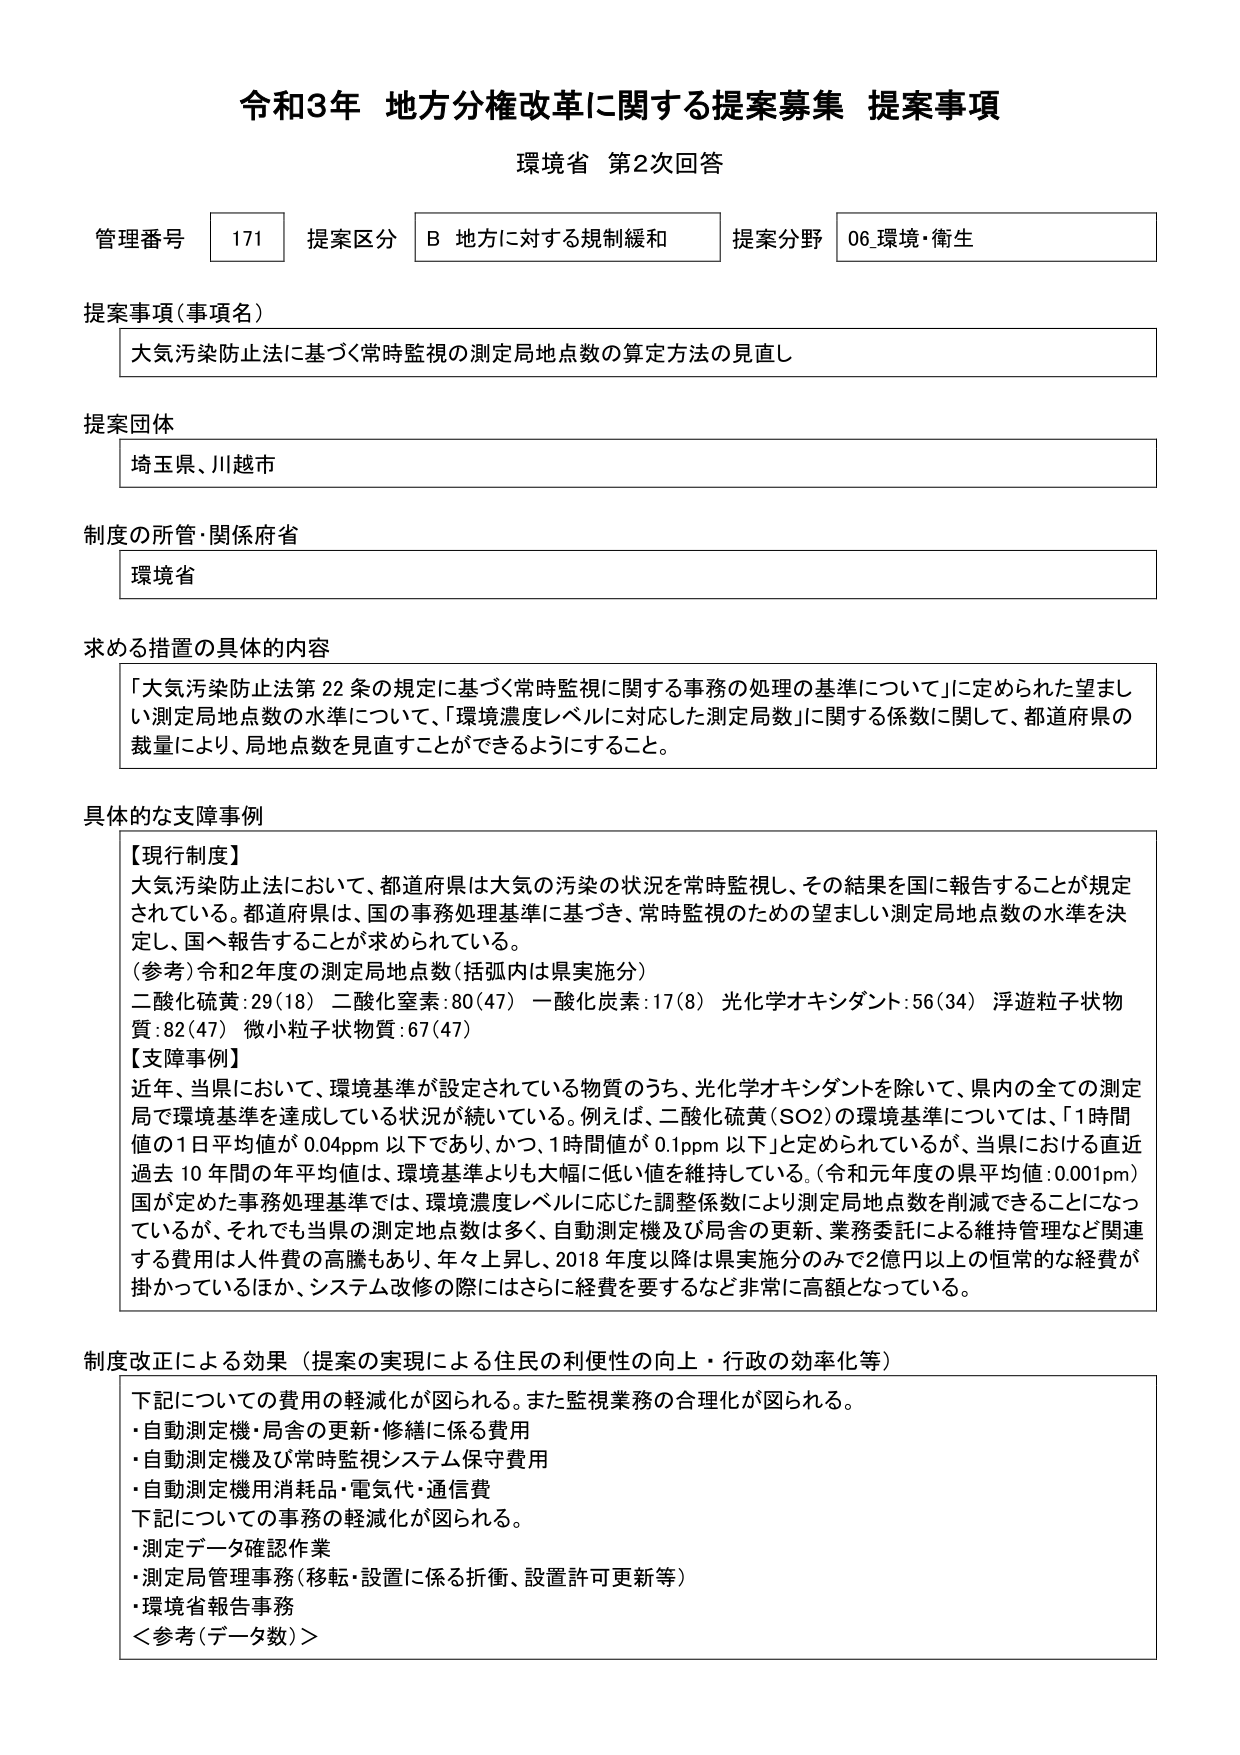
令和3年 地方分権改革に関する提案募集 提案事項
環境省 第2次回答

管理番号 171 提案区分 B 地方に対する規制緩和 提案分野 06 環境・衛生

提案事項（事項名）
大気汚染防止法に基づく常時監視の測定局地点数の算定方法の見直し

提案団体
埼玉県、川越市

制度の所管・関係府省
環境省

求める措置の具体的内容
「大気汚染防止法第22条の規定に基づく常時監視に関する事務の処理の基準について」に定められた望ましい測定局地点数の水準について、「環境濃度レベルに対応した測定局数」に関する係数に関して、都道府県の裁量により、局地点数を見直すことができるようにすること。

具体的な支障事例
【現行制度】
大気汚染防止法において、都道府県は大気の汚染の状況を常時監視し、その結果を国に報告することが規定されている。都道府県は、国の事務処理基準に基づき、常時監視のための望ましい測定局地点数の水準を決定し、国へ報告することが求められている。
（参考）令和2年度の測定局地点数（括弧内は県実施分）
二酸化硫黄：29（18） 二酸化窒素：80（47） 一酸化炭素：17（8） 光化学オキシダント：56（34） 浮遊粒子状物質：82（47） 微小粒子状物質：67（47）
【支障事例】
近年、当県において、環境基準が設定されている物質のうち、光化学オキシダントを除いて、県内の全ての測定局で環境基準を達成している状況が続いている。例えば、二酸化硫黄（SO2）の環境基準については、「1時間値の1日平均値が0.04ppm以下であり、かつ、1時間値が0.1ppm以下」と定められているが、当県における直近過去10年間の年平均値は、環境基準よりも大幅に低い値を維持している。（令和元年度の県平均値：0.001pm）
国が定めた事務処理基準では、環境濃度レベルに応じた調整係数により測定局地点数を削減できることになっているが、それでも当県の測定地点数は多く、自動測定機及び局舎の更新、業務委託による維持管理など関連する費用は人件費の高騰もあり、年々上昇し、2018年度以降は県実施分のみで2億円以上の恒常的な経費が掛かっているほか、システム改修の際にはさらに経費を要するなど非常に高額となっている。

制度改正による効果（提案の実現による住民の利便性の向上・行政の効率化等）
下記についての費用の軽減化が図られる。また監視業務の合理化が図られる。
・自動測定機・局舎の更新・修繕に係る費用
・自動測定機及び常時監視システム保守費用
・自動測定機用消耗品・電気代・通信費
下記についての事務の軽減化が図られる。
・測定データ確認作業
・測定局管理事務（移転・設置に係る折衝、設置許可更新等）
・環境省報告事務
＜参考（データ数）＞